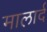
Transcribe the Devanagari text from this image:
मालार्द